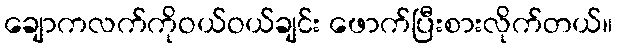
ချောကလက်ကိုဝယ်ဝယ်ချင်း ဖောက်ပြီးစားလိုက်တယ်။